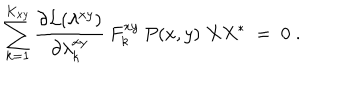
\sum _ { k = 1 } ^ { K _ { x y } } \frac { \partial { \cal { L } } ( \lambda ^ { x y } ) } { \partial \lambda _ { k } ^ { x y } } \: F _ { k } ^ { x y } \: P ( x , y ) \; X X ^ { * } \; = \; 0 \; .